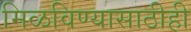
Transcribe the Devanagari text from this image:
मिळविण्यासाठीही